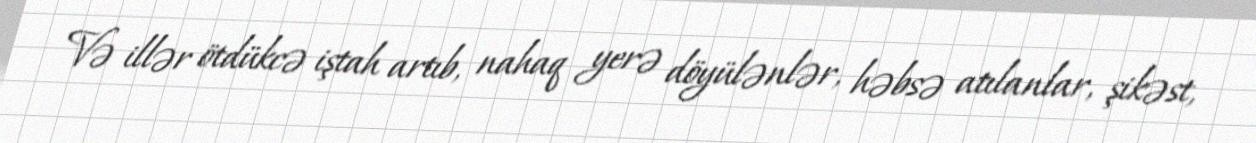
Və illər ötdükcə iştah artıb, nahaq yerə döyülənlər, həbsə atılanlar, şikəst,